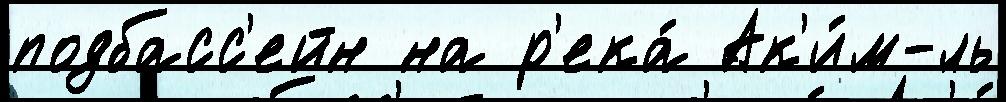
подбасс'ейн на р'ека́ Ак'и́м-́ль